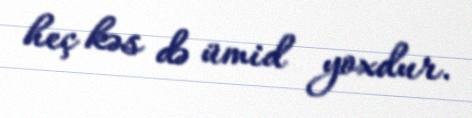
heç kəs də ümid yoxdur.